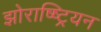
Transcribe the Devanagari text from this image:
झोराष्ष्ट्रियन